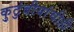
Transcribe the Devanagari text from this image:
कुटुंबीयांचीही